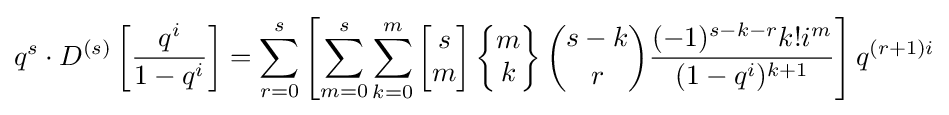
q^{s}\cdot D^{(s)}\left[{\frac {q^{i}}{1-q^{i}}}\right]=\sum _{r=0}^{s}\left[\sum _{m=0}^{s}\sum _{k=0}^{m}\left[{\begin{matrix}s\\m\end{matrix}}\right]\left\{{\begin{matrix}m\\k\end{matrix}}\right\}{\binom {s-k}{r}}{\frac {(-1)^{s-k-r}k!i^{m}}{(1-q^{i})^{k+1}}}\right]q^{(r+1)i}